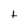
Character: t